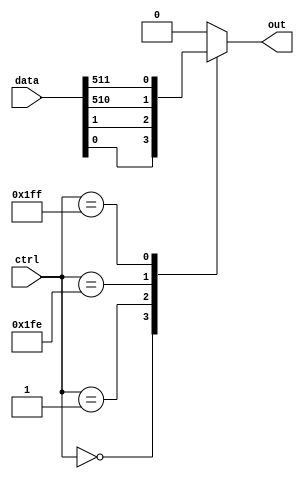
module mux_512_1 (
    input [511:0] data,
    input [8:0] ctrl,
    output reg out
);

always @(*) begin
    case(ctrl)
        9'b000000000: out = data[0];
        9'b000000001: out = data[1];
        //continue for all 512 cases
        9'b111111110: out = data[510];
        9'b111111111: out = data[511];
        default: out = 0;
    endcase
end

endmodule